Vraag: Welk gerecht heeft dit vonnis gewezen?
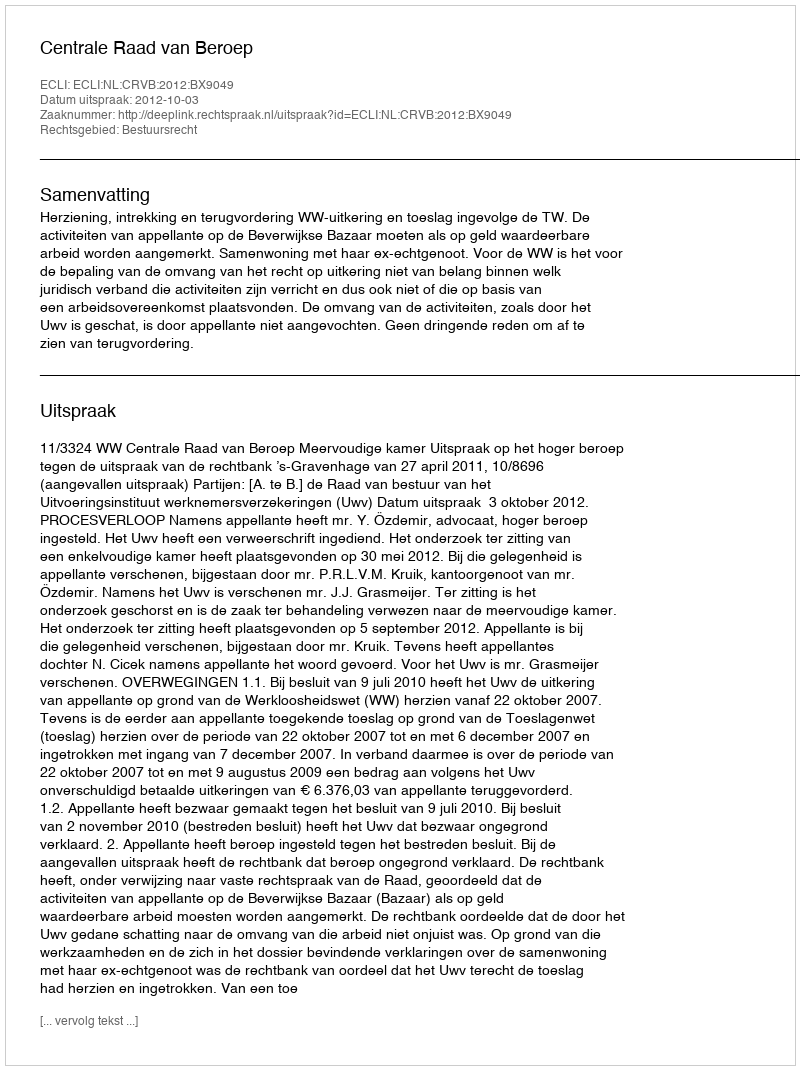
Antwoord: Centrale Raad van Beroep